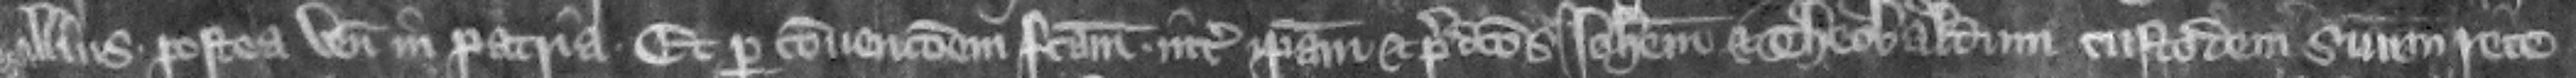
illius postea venit in patria et per conuencionem factam inter ipsam et predictos Iohannem et Theobaldum custodem suum rece